Report of the King Institute of Preventive Medicine, Guindy
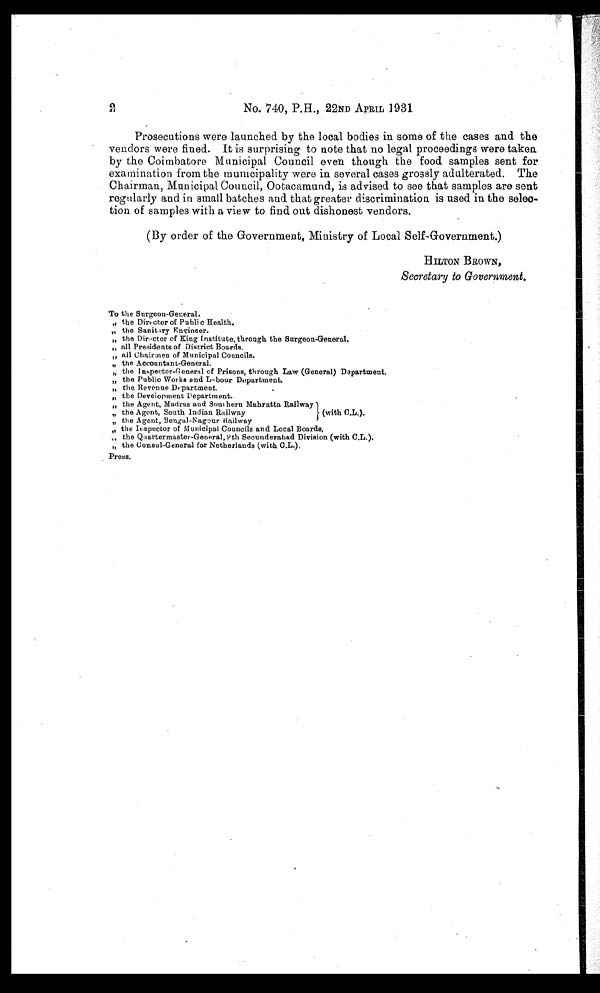
2
No. 740, P.H., 22ND APRIL 1931
Prosecutions were launched by the local bodies in some of the cases and the
vendors were fined. It is surprising to note that no legal proceedings were taken
by the Coimbatore Municipal Council even though the food samples sent for
examination from the municipality were in several cases grossly adulterated. The
Chairman, Municipal Council, Ootacamund, is advised to see that samples are sent
regularly and in small batches and that greater discrimination is used in the selec
-
tion of samples with a view to find out dishonest vendors.
(By order of the Government, Ministry of Local Self-Government.)
HILTON BROWN,
Secretary to Government.
To the Surgeon-General.
" the Director of Public Health.
" the Sanitary Engineer.
" the Director of King Institute, through the Surgeon-General.
" all Presidents of District Boards.
" all Chairmen of Municipal Councils.
" the Accountant-General.
" the Inspector-General of Prisons, through Law (General) Department
.
" the Public Works and Labour Department.
" the Revenue Department.
" the Development Department.
" the Agent, Madras and Southern Mahratta Railway
" the Agent, South Indian Railway (with C.L.).
" the Agent, Bengal-Nageur Railway
" t h e I n s p e c t o r o f M u n i c i p a l C o u n c i l s a n d L o c a l B o a r d s .
" the Quartermaster-General, 8th Secunderabad Division (with C.L.).
" the Consul-General for Netherlands (with C.L.).
Press.